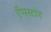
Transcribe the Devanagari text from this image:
ऍप्पस्टोर